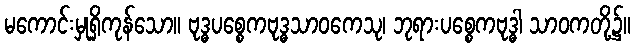
မကောင်းမှုရှိကုန်သော။ ဗုဒ္ဓပစ္စေကဗုဒ္ဓသာဝကေသု၊ ဘုရားပစ္စေကဗုဒ္ဓါ သာဝကတို့၌။